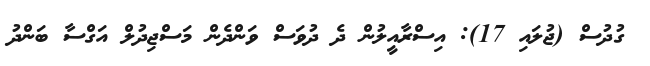
ގުދުސް (ޖުލައި 17): އިސްރާއީލުން ދެ ދުވަސް ވަންދެން މަސްޖިދުލް އަގްސާ ބަންދު